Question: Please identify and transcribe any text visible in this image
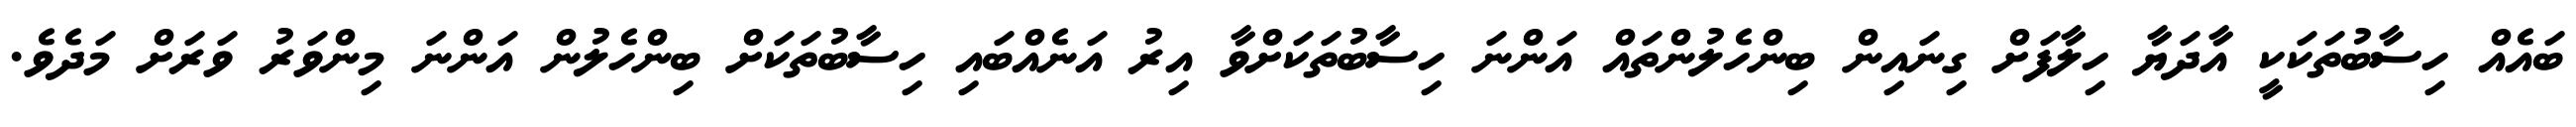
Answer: ބައެއް ހިސާބުތަކަކީ އާދަޔާ ހިލާފަށް ގިނައިން ބިންހެލުންތައް އަންނަ ހިސާބުތަކަށްވާ އިރު އަނެއްބައި ހިސާބުތަކަށް ބިންހެލުން އަންނަ މިންވަރު ވަރަށް މަދެވެ.